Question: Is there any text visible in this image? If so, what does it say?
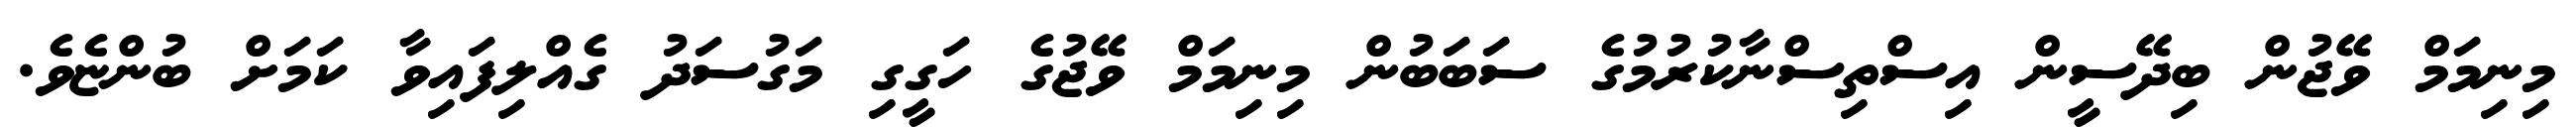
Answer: މިނިމަމް ވޭޖުން ބިދޭސީން އިސްތިސްނާކުރުމުގެ ސަބަބުން މިނިމަމް ވޭޖުގެ ހަގީގި މަގުސަދު ގެއްލިފައިވާ ކަމަށް ބުންޏެވެ.